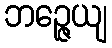
ဘဉ္ဇေယျ